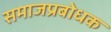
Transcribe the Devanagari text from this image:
समाजप्रबोधक